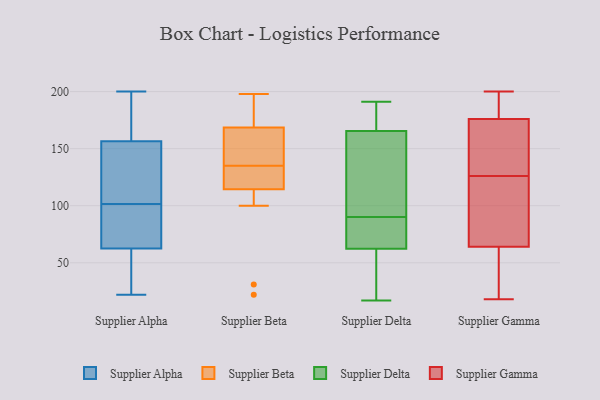
{"axis": {"x": "Shipments", "y": "Value"}, "legend": ["Supplier Alpha", "Supplier Beta", "Supplier Delta", "Supplier Gamma"], "data": [{"x": "", "y": 66, "type": "Supplier Alpha"}, {"x": "", "y": 27, "type": "Supplier Alpha"}, {"x": "", "y": 161, "type": "Supplier Alpha"}, {"x": "", "y": 26, "type": "Supplier Alpha"}, {"x": "", "y": 22, "type": "Supplier Alpha"}, {"x": "", "y": 151, "type": "Supplier Alpha"}, {"x": "", "y": 61, "type": "Supplier Alpha"}, {"x": "", "y": 179, "type": "Supplier Alpha"}, {"x": "", "y": 64, "type": "Supplier Alpha"}, {"x": "", "y": 152, "type": "Supplier Alpha"}, {"x": "", "y": 55, "type": "Supplier Alpha"}, {"x": "", "y": 190, "type": "Supplier Alpha"}, {"x": "", "y": 174, "type": "Supplier Alpha"}, {"x": "", "y": 84, "type": "Supplier Alpha"}, {"x": "", "y": 76, "type": "Supplier Alpha"}, {"x": "", "y": 200, "type": "Supplier Alpha"}, {"x": "", "y": 85, "type": "Supplier Alpha"}, {"x": "", "y": 120, "type": "Supplier Alpha"}, {"x": "", "y": 118, "type": "Supplier Alpha"}, {"x": "", "y": 135, "type": "Supplier Alpha"}, {"x": "", "y": 31, "type": "Supplier Beta"}, {"x": "", "y": 22, "type": "Supplier Beta"}, {"x": "", "y": 153, "type": "Supplier Beta"}, {"x": "", "y": 131, "type": "Supplier Beta"}, {"x": "", "y": 138, "type": "Supplier Beta"}, {"x": "", "y": 198, "type": "Supplier Beta"}, {"x": "", "y": 136, "type": "Supplier Beta"}, {"x": "", "y": 129, "type": "Supplier Beta"}, {"x": "", "y": 184, "type": "Supplier Beta"}, {"x": "", "y": 134, "type": "Supplier Beta"}, {"x": "", "y": 189, "type": "Supplier Beta"}, {"x": "", "y": 100, "type": "Supplier Beta"}, {"x": "", "y": 26, "type": "Supplier Delta"}, {"x": "", "y": 90, "type": "Supplier Delta"}, {"x": "", "y": 105, "type": "Supplier Delta"}, {"x": "", "y": 183, "type": "Supplier Delta"}, {"x": "", "y": 181, "type": "Supplier Delta"}, {"x": "", "y": 191, "type": "Supplier Delta"}, {"x": "", "y": 172, "type": "Supplier Delta"}, {"x": "", "y": 90, "type": "Supplier Delta"}, {"x": "", "y": 114, "type": "Supplier Delta"}, {"x": "", "y": 60, "type": "Supplier Delta"}, {"x": "", "y": 17, "type": "Supplier Delta"}, {"x": "", "y": 81, "type": "Supplier Delta"}, {"x": "", "y": 34, "type": "Supplier Delta"}, {"x": "", "y": 69, "type": "Supplier Delta"}, {"x": "", "y": 146, "type": "Supplier Delta"}, {"x": "", "y": 143, "type": "Supplier Gamma"}, {"x": "", "y": 76, "type": "Supplier Gamma"}, {"x": "", "y": 194, "type": "Supplier Gamma"}, {"x": "", "y": 60, "type": "Supplier Gamma"}, {"x": "", "y": 37, "type": "Supplier Gamma"}, {"x": "", "y": 200, "type": "Supplier Gamma"}, {"x": "", "y": 173, "type": "Supplier Gamma"}, {"x": "", "y": 95, "type": "Supplier Gamma"}, {"x": "", "y": 177, "type": "Supplier Gamma"}, {"x": "", "y": 18, "type": "Supplier Gamma"}, {"x": "", "y": 126, "type": "Supplier Gamma"}]}